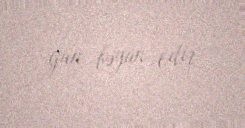
gün bəyan edir.